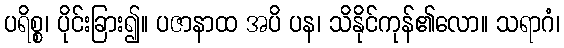
ပရိစ္စ၊ ပိုင်းခြား၍။ ပဇာနာထ အပိ ပန၊ သိနိုင်ကုန်၏လော။ သရာဂံ၊